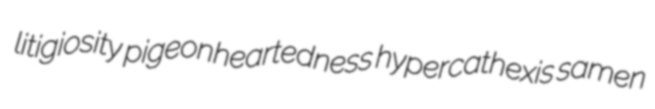
litigiosity pigeonheartedness hypercathexis samen